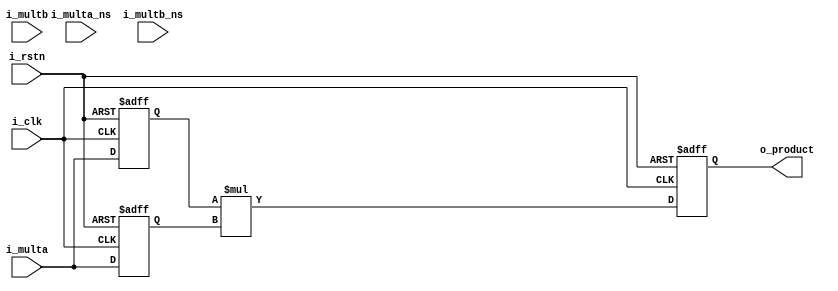
module wrap(input  wire         i_clk,
            input  wire         i_rstn,
	    input  wire         i_multa_ns,
	    input  wire         i_multb_ns,
	    input  wire [31:0]  i_multa,
	    input  wire [31:0]  i_multb,
	    output wire [63:0]  o_product);
  
  reg        multa_ns;
  reg        multb_ns;
  reg [31:0] multa;
  reg [31:0] multb;
  reg [63:0] product;

  wire [63:0] product_w = multa*multb;

  always @(posedge i_clk or negedge i_rstn) begin
    if(~i_rstn) begin
      multa_ns <= 1'b0;
      multb_ns <= 1'b0;
      multa    <= 32'b0;
      multb    <= 32'b0;
      product  <= 64'b0;
    end
    else begin
      multa_ns <= i_multa_ns;
      multb_ns <= i_multb_ns;
      multa    <= i_multa;
      multb    <= i_multa;
      product  <= product_w;
    end
  end

  assign o_product     = product;


endmodule